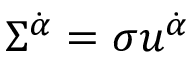
\Sigma ^ { \dot { \alpha } } = \sigma u ^ { \dot { \alpha } }